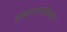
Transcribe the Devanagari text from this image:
इच्छाशक्तीवरच